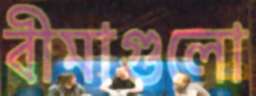
বীমাগুলো